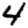
Digit: 4